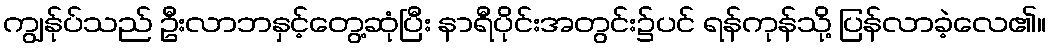
ကျွန်ုပ်သည် ဦးလာဘနှင့်တွေ့ဆုံပြီး နာရီပိုင်းအတွင်း၌ပင် ရန်ကုန်သို့ ပြန်လာခဲ့လေ၏။